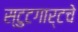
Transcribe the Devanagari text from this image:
स्टुटगार्टचे